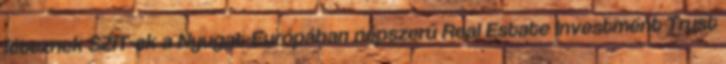
léteznek SZIT-ek a Nyugat-Európában népszerű Real Estate Investment Trust